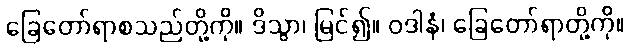
ခြေတော်ရာစသည်တို့ကို။ ဒိသွာ၊ မြင်၍။ ဝဒါနံ၊ ခြေတော်ရာတို့ကို။